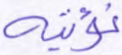
نؤتيه